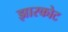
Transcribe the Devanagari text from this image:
झारकोट